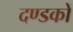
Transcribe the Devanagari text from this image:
दण्डकों